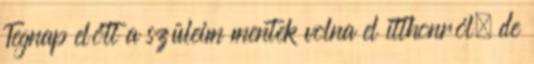
Tegnap előtt a szüleim mentek volna el itthonról, de